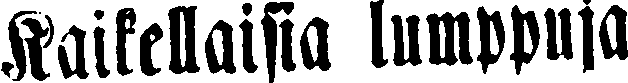
Kaikellaisia lumppuja